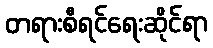
တရားစီရင်ရေးဆိုင်ရာ